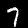
Digit: 7